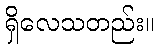
ရှိလေသတည်း။